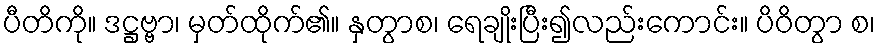
ပီတိကို။ ဒဋ္ဌဗ္ဗာ၊ မှတ်ထိုက်၏။ နှတွာစ၊ ရေချိုးပြီး၍လည်းကောင်း။ ပိဝိတွာ စ၊